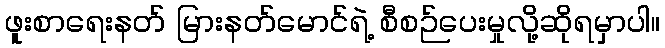
ဖူးစာရေးနတ် မြားနတ်မောင်ရဲ့ စီစဉ်ပေးမှုလို့ဆိုရမှာပါ။